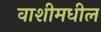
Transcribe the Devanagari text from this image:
वाशीमधील